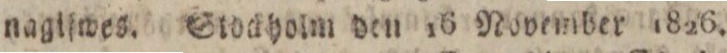
nagiſwes. Stoaholm den 16 November 1826.